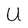
Character: U